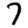
Digit: 7